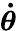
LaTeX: \boldsymbol{\dot{\theta}}